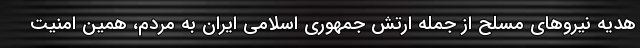
هدیه نیروهای مسلح از جمله ارتش جمهوری اسلامی ایران به مردم، همین امنیت